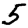
Digit: 5